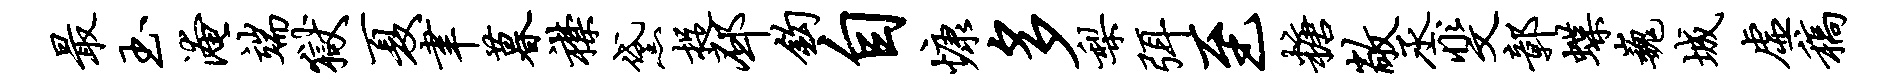
最玉淹端狱夏聿暮襟黛捉邳钩自慷多梨弭至糖敞丞斐鄣蝶巍城虚稿